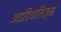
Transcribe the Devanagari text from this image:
आइडियालिज़्म